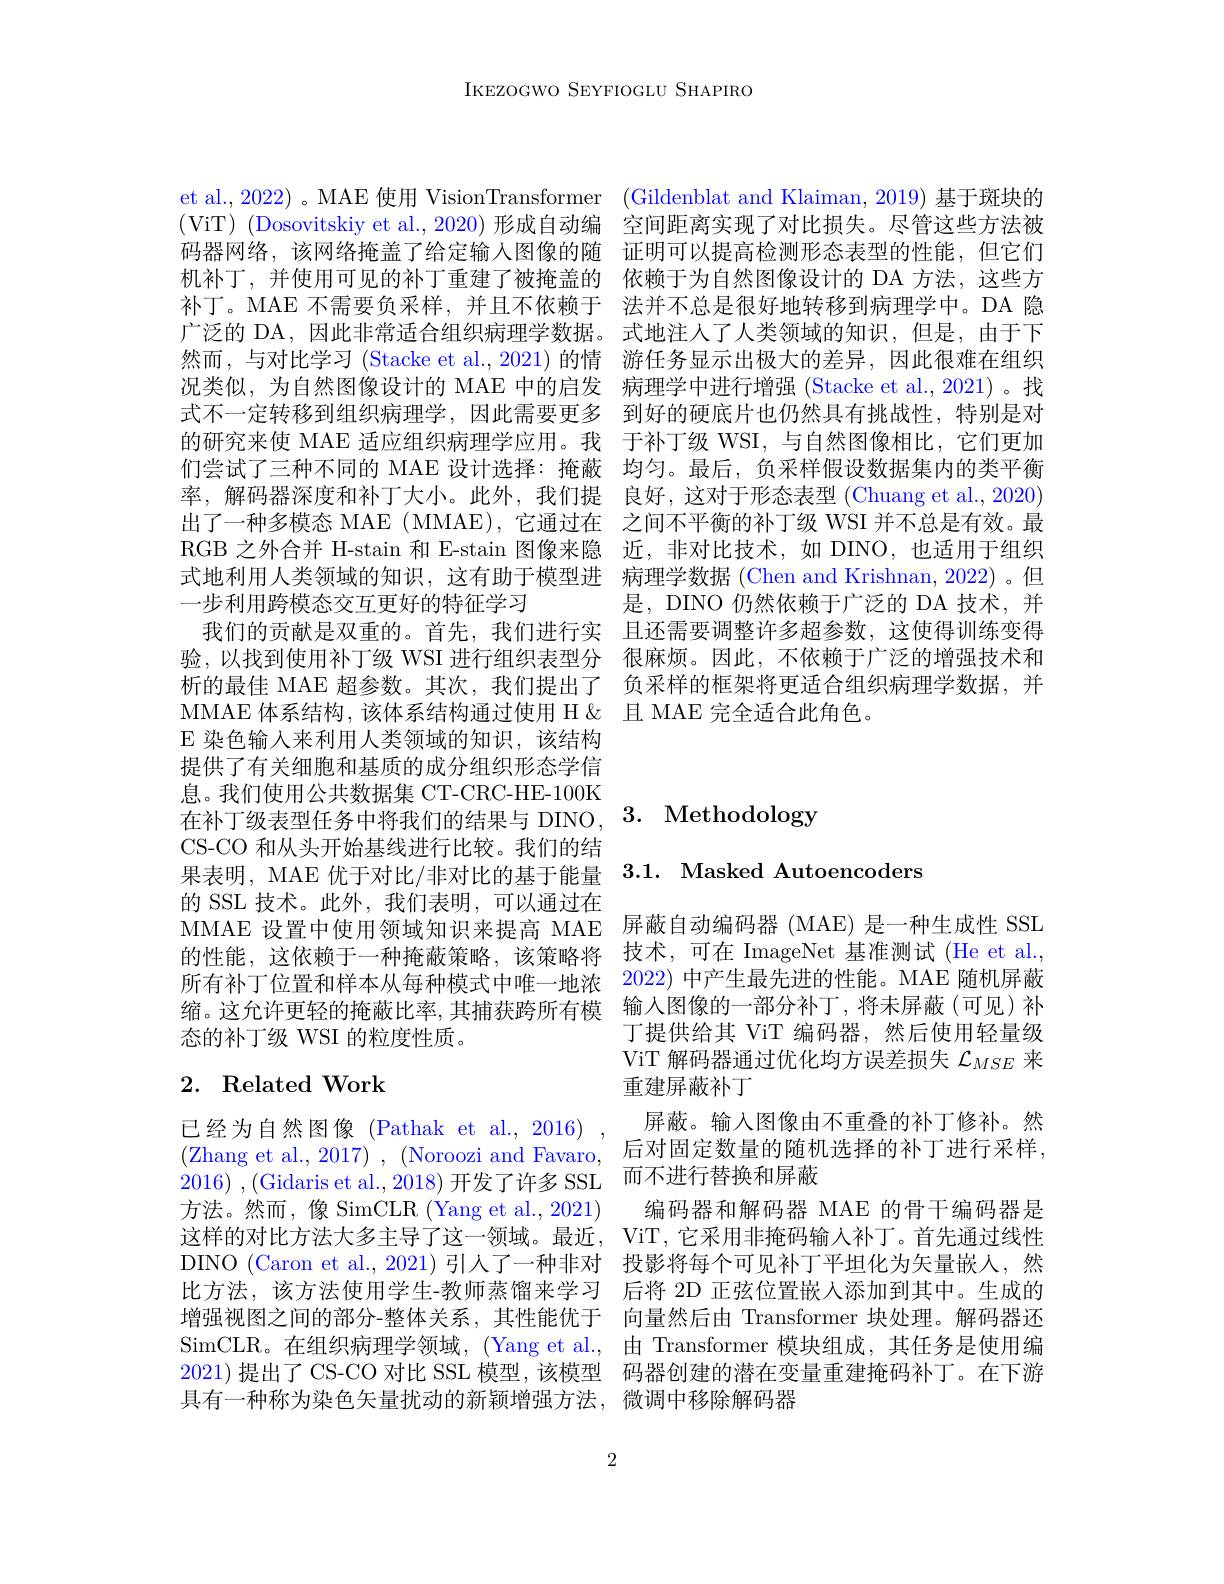
IKEZOGWO SEYFIOGLU SHAPIRO

et al., 2022) 。MAE 使用 VisionTransformer (Gildenblat and Klaiman, 2019) 基于斑块的(ViT) (Dosovitskiy et al., 2020) 形成自动编 空间距离实现了对比损失。尽管这些方法被码器网络，该网络掩盖了给定输入图像的随 证明可以提高检测形态表型的性能，但它们机补丁，并使用可见的补丁重建了被掩盖的 依赖于为自然图像设计的 DA 方法，这些方补丁。MAE 不需要负采样，并且不依赖于 法并不总是很好地转移到病理学中。DA 隐广泛的 DA,因此非常适合组织病理学数据。式地注人了人类领域的知识，但是，由于下然而，与对比学习 (Stacke et al.,2021)的情 游任务显示出极大的差异，因此很难在组织况类似，为自然图像设计的 MAE 中的启发 病理学中进行增强 (Stacke et al., 2021)。找式不一定转移到组织病理学，因此需要更多 到好的硬底片也仍然具有挑战性，特别是对的研究来使 MAE 适应组织病理学应用。我 于补丁级 WSI, 与自然图像相比，它们更加们尝试了三种不同的 MAE 设计选择：掩蔽 均匀。最后，负采样假设数据集内的类平衡率，解码器深度和补丁大小。此外，我们提 良好，这对于形态表型 (Chuang et al.,2020) 出了一种多模态 MAE ( MMAE), 它通过在 之间不平衡的补丁级 WSI 并不总是有效。最RGB 之外合并 H-stain 和 E-stain 图像来隐 近，非对比技术，如 DINO,也适用于组织式地利用人类领域的知识，这有助于模型进 病理学数据 (Chen and Krishnan, 2022) 。但
是，DINO 仍然依赖于广泛的 DA 技术，并
我们的贡献是双重的。首先，我们进行实 且还需要调整许多超参数，这使得训练变得验，以找到使用补丁级 WSI 进行组织表型分 很麻烦。因此，不依赖于广泛的增强技术和析的最佳 MAE 超参数。其次，我们提出了 负采样的框架将更适合组织病理学数据，并MMAE 体系结构，该体系结构通过使用 H&且 MAE 完全适合此角色。

一步利用跨模态交互更好的特征学习
E 染色输入来利用人类领域的知识，该结构提供了有关细胞和基质的成分组织形态学信息。我们使用公共数据集 CT-CRC-HE-100K 在补丁级表型任务中将我们的结果与 DINO, 3. Methodology
CS-CO 和从头开始基线进行比较。我们的结
果表明，MAE 优于对比/非对比的基于能量3.1. Masked Autoencoders
的 SSL 技术。此外，我们表明，可以通过在
MMAE 设置中使用领域知识来提高 MAE 屏蔽自动编码器 (MAE) 是一种生成性 SSL 的性能，这依赖于一种掩蔽策略，该策略将 技术，可在 ImageNet 基准测试(He et al., 所有补丁位置和样本从每种模式中唯一地浓 2022) 中产生最先进的性能。MAE 随机屏蔽缩。这允许更轻的掩蔽比率，其捕获跨所有模 输入图像的一部分补丁，将未屏蔽(可见)补态的补丁级 WSI 的粒度性质。

## 2. Related Work

已经为自然图像 (Pathak et al., 2016) 方法。然而，像 SimCLR (Yang et al., 2021)

2

丁提供给其 ViT 编码器，然后使用轻量级ViT 解码器通过优化均方误差损失$\mathcal{L}_{MSE}$来重建屏蔽补丁
屏蔽。输入图像由不重叠的补丁修补。然
(Zhang et al., 2017) , (Noroozi and Favaro, 后对固定数量的随机选择的补丁进行采样，
2016) , (Gidaris et al., 2018)开发了许多 SSL 而不进行替换和屏蔽
编码器和解码器 MAE 的骨干编码器是
这样的对比方法大多主导了这一领域。最近，ViT, 它采用非掩码输人补丁。首先通过线性DINO (Caron et al.,2021)引人了一种非对 投影将每个可见补丁平坦化为矢量嵌人，然比方法，该方法使用学生-教师蒸馏来学习 后将 2D 正弦位置嵌人添加到其中。生成的增强视图之间的部分-整体关系，其性能优于 向量然后由 Transformer 块处理。解码器还SimCLR。在组织病理学领域，(Yang et al., 由 Transformer 模块组成，其任务是使用编2021)提出了 CS-CO 对比 SSL 模型，该模型 码器创建的潜在变量重建掩码补丁。在下游具有一种称为染色矢量扰动的新颖增强方法，微调中移除解码器